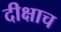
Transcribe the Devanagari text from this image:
दीक्षाच